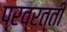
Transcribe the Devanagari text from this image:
प्रव्रत्ती